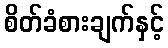
စိတ်ခံစားချက်နှင့်